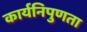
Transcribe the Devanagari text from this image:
कार्यनिपुणता